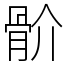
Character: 骱